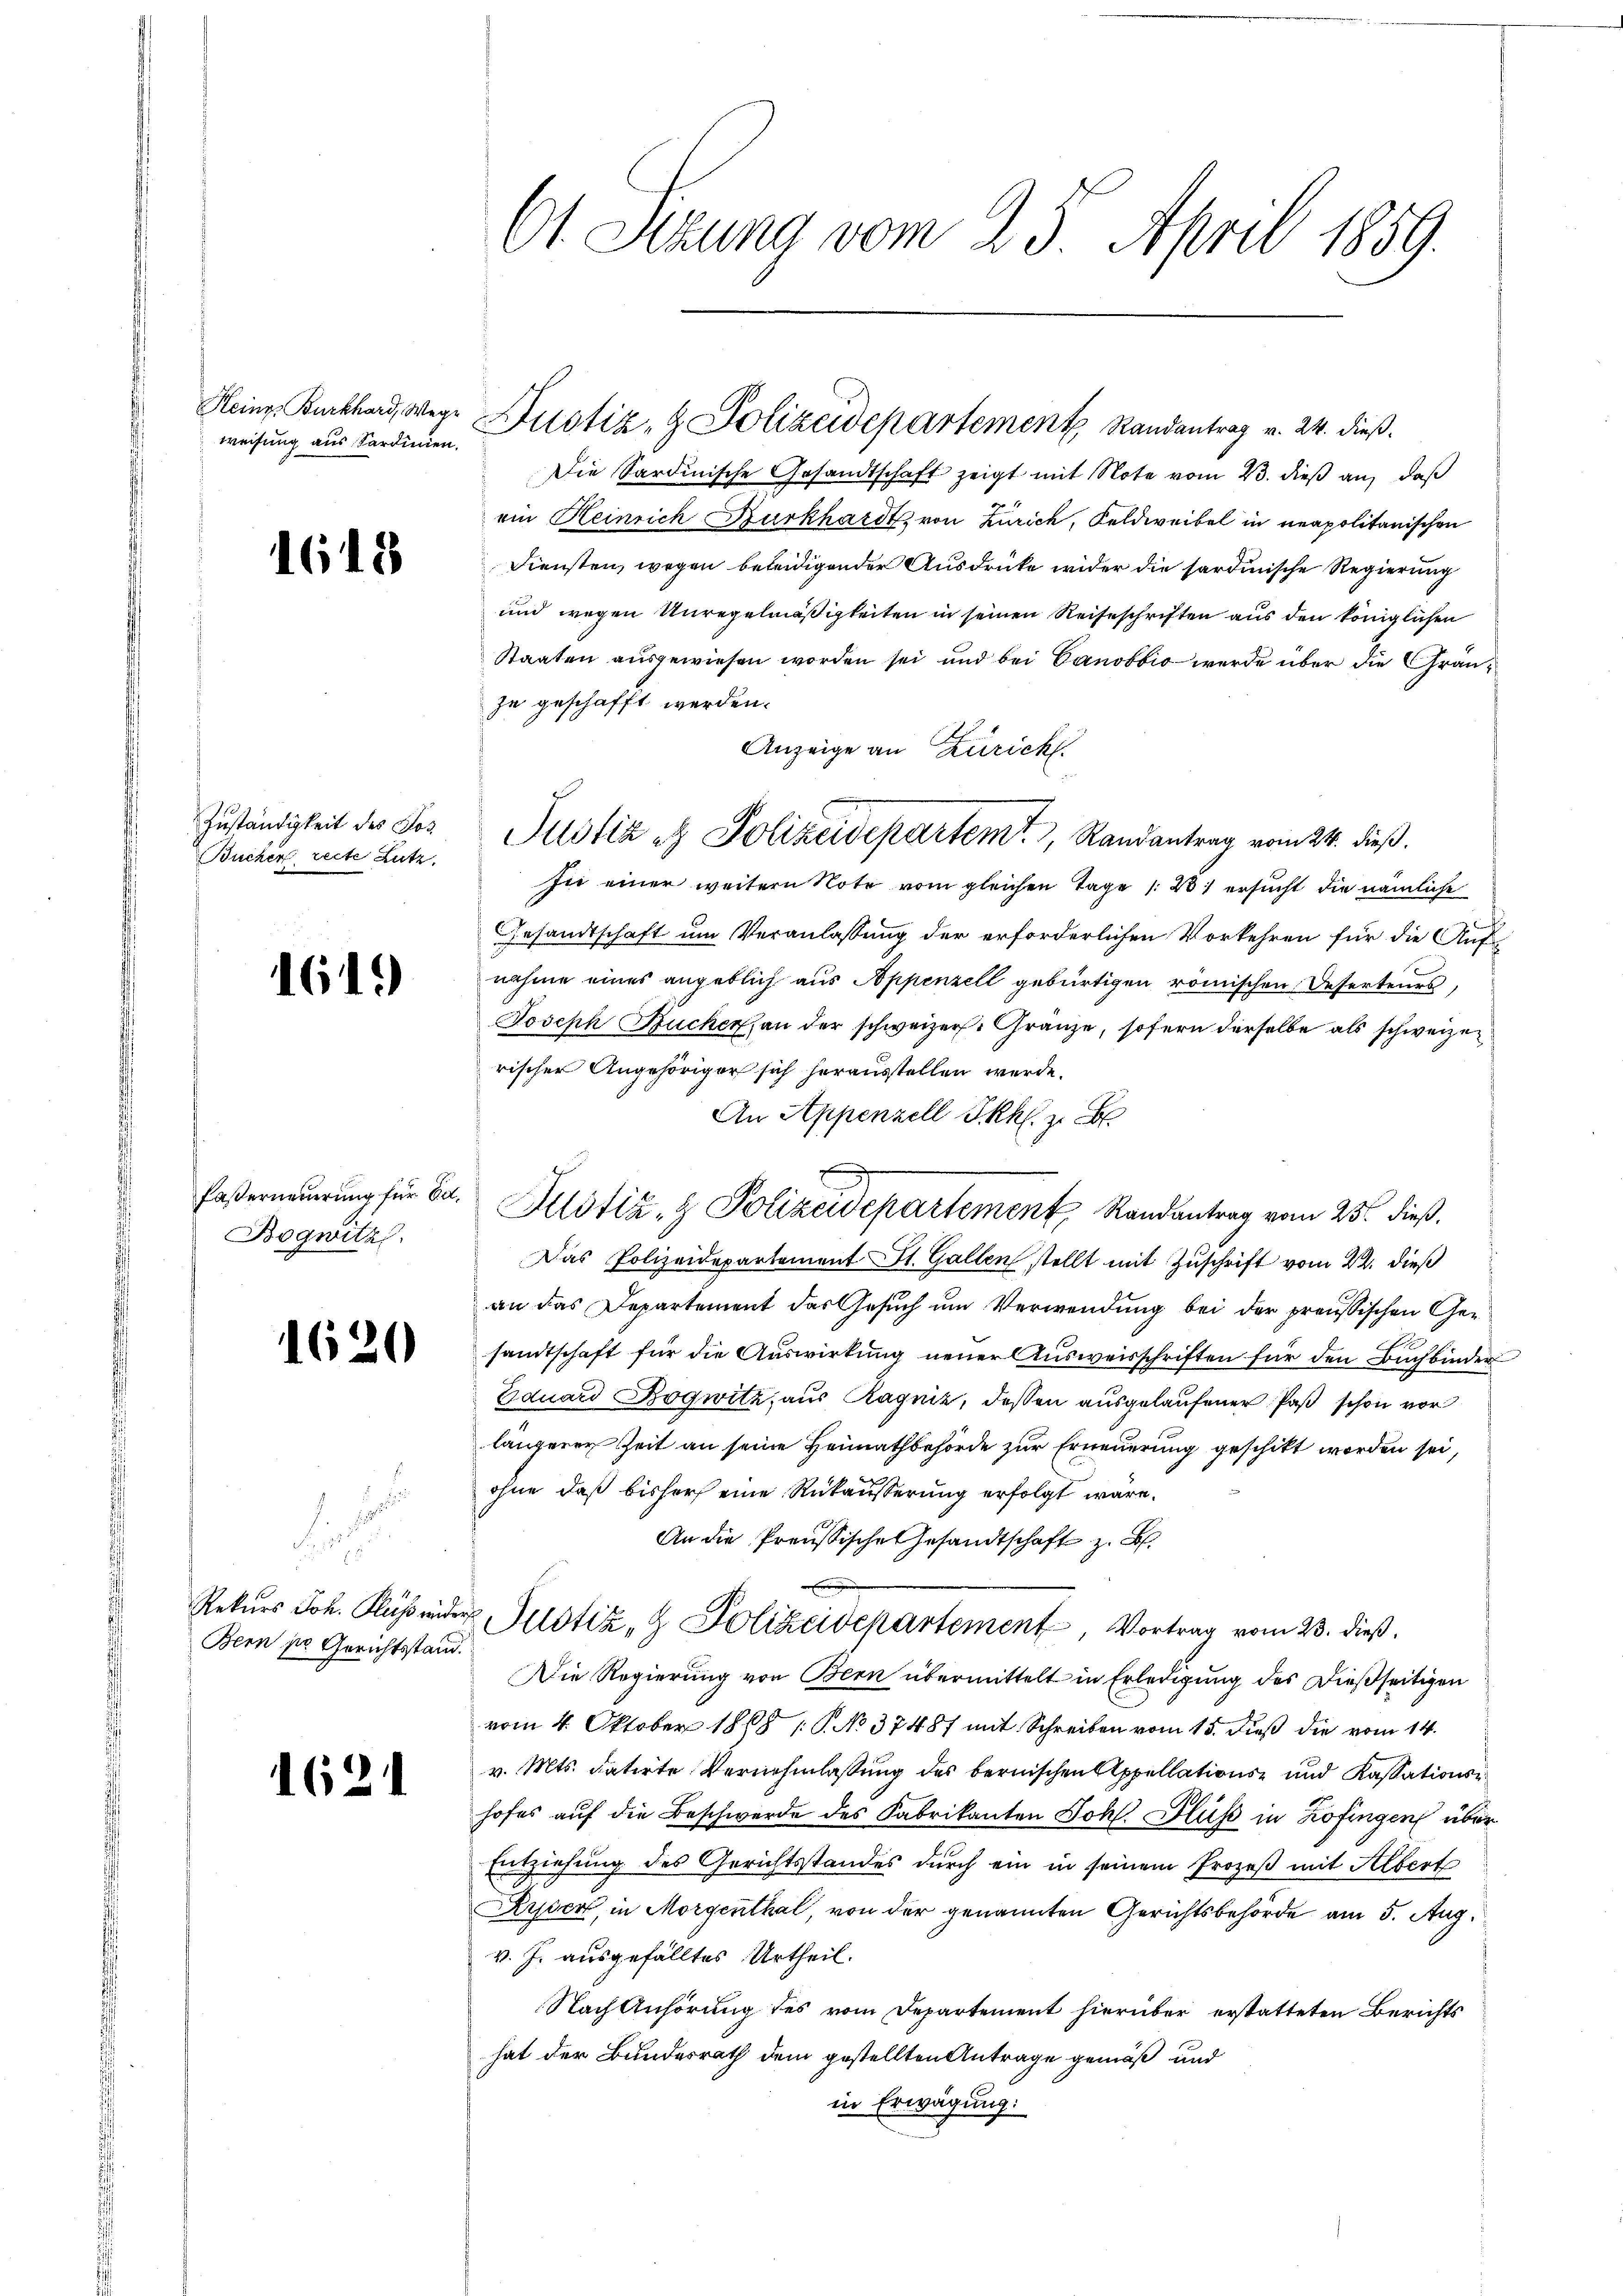
Heinr. Burkhard, Wege
weisung aus Kardinien.

1618

Zuständigkeit des Jos
Bucher recte Lutz

1619)

faserneuerung für Ed.
Bogwitz.

1620

.
d
E
Rekurs Joh. Fluss inde
Bern pr. Gerichtsstand.

1621

61 Sezung vom 25. April 1859.

Die Sardinische Gesandtschaft zeigt mit Note vom 23. dieß an, daß
ein Heinrich Burkhardt, von Zürich, Feldweibel in neapolitanischen
Diensten, wegen beleidigender Ausdrücke wider die sardinische Regierung
und wegen Unregelmäßigkeiten in seinen Reiseschriften aus den königlichen
Staaten ausgewiesen worden sei und bei Canobbio werde über die Grauzu geschafft werden.
Anzeige an Zürich.
sie einer weitern Note vom gleichen Tage /:21 ersucht die nämliche
Gesandtschaft um Veranlassung der erforderlichen Vorkehren für die Aufnahme eines angeblich aus Appenzell gebürtigen römischen Refertenes,
Joseph Bucher an der schweizer. Gränze, sofern derselbe als schweizen
rischer Angehöriger sich herausstellen werde.
An Appenzell Ikhl. z. B.
Justiz- & Polizeidepartement, Randantrag vom 25. dieß.
Das Polizeidepartement St. Gallen stellt mit Zuschrift vom 22. dieß
an das Departement das Gesuch um Verwendung bei der preußischen Gesandtschaft für die Auswirkung neuer Ausweisschriften für den Buchbinder
Eduard Dogwitz, aus Ragniz, dessen ausgelaufener Paß schon vor
längerer Zeit an seine Heimathbehörde zur Erneuerung geschikt worden sei,
ohne daß bisher eine Rückäußerung erfolgt wäre.
An die Preußische Gesandtschaft z. B.
ch
Justiz- & Polizeidepartement, Vortrag vom 23. dieß.
Die Regierung von Bern übermittelt in Erledigung des dießseitigen
vom 4. Oktober 1868 1. No 37487 mit Schreiben vom 15. dieß die vom 14.
v. Mts. datirte Vernehmlassung des bernischen Appellations- und Kassationshofes auf die Beschwerde des Fabrikanten Johl. Fluss in Zofingen über
Entziehung des Gerichtsstandes durch ein in seinem Prozeß mit Albert
Ryser, in Morgenthal, von der genannten Gerichtsbehörde am 5. Aug.
v. J. ausgefälltes Urtheil.
Nach Anhörung des vom Departement hierüber erstatteten Berichts
hat der Bundesrath dem gestellten Antrage gemäß und
in Erwägung:

Justiz et Polizeidepartemt, Randantrag vom 24. dieß.

Justiz- & Polizeidepartement Randantrag v. 24. dieß.